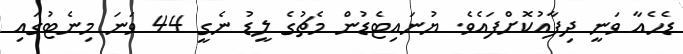
ޑެހެއާ ވަނީ ދިފާއުކޮށްފައެވެ. ޔުނައިޓެޑުން މެޗުގެ ލީޑު ނެގީ 44 ވަނަ މިނެޓުގައި